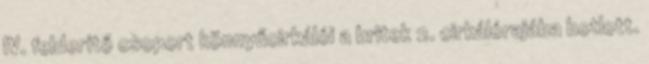
IV. felderítő csoport könnyűcirkálói a britek 2. cirkálórajába botlott.